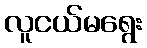
လူငယ်မရွေး